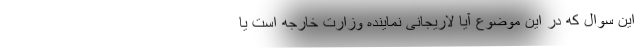
این سوال که در این موضوع آیا لاریجانی نماینده وزارت خارجه است یا